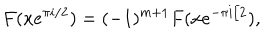
F ( x e ^ { \pi i / 2 } ) = ( - 1 ) ^ { m + 1 } F ( x e ^ { - \pi i / 2 } ) ,